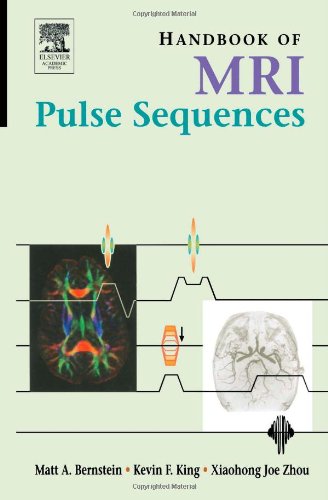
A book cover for Handbook of MRI Pulse Sequences; Matt A. Bernstein; Medical Books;